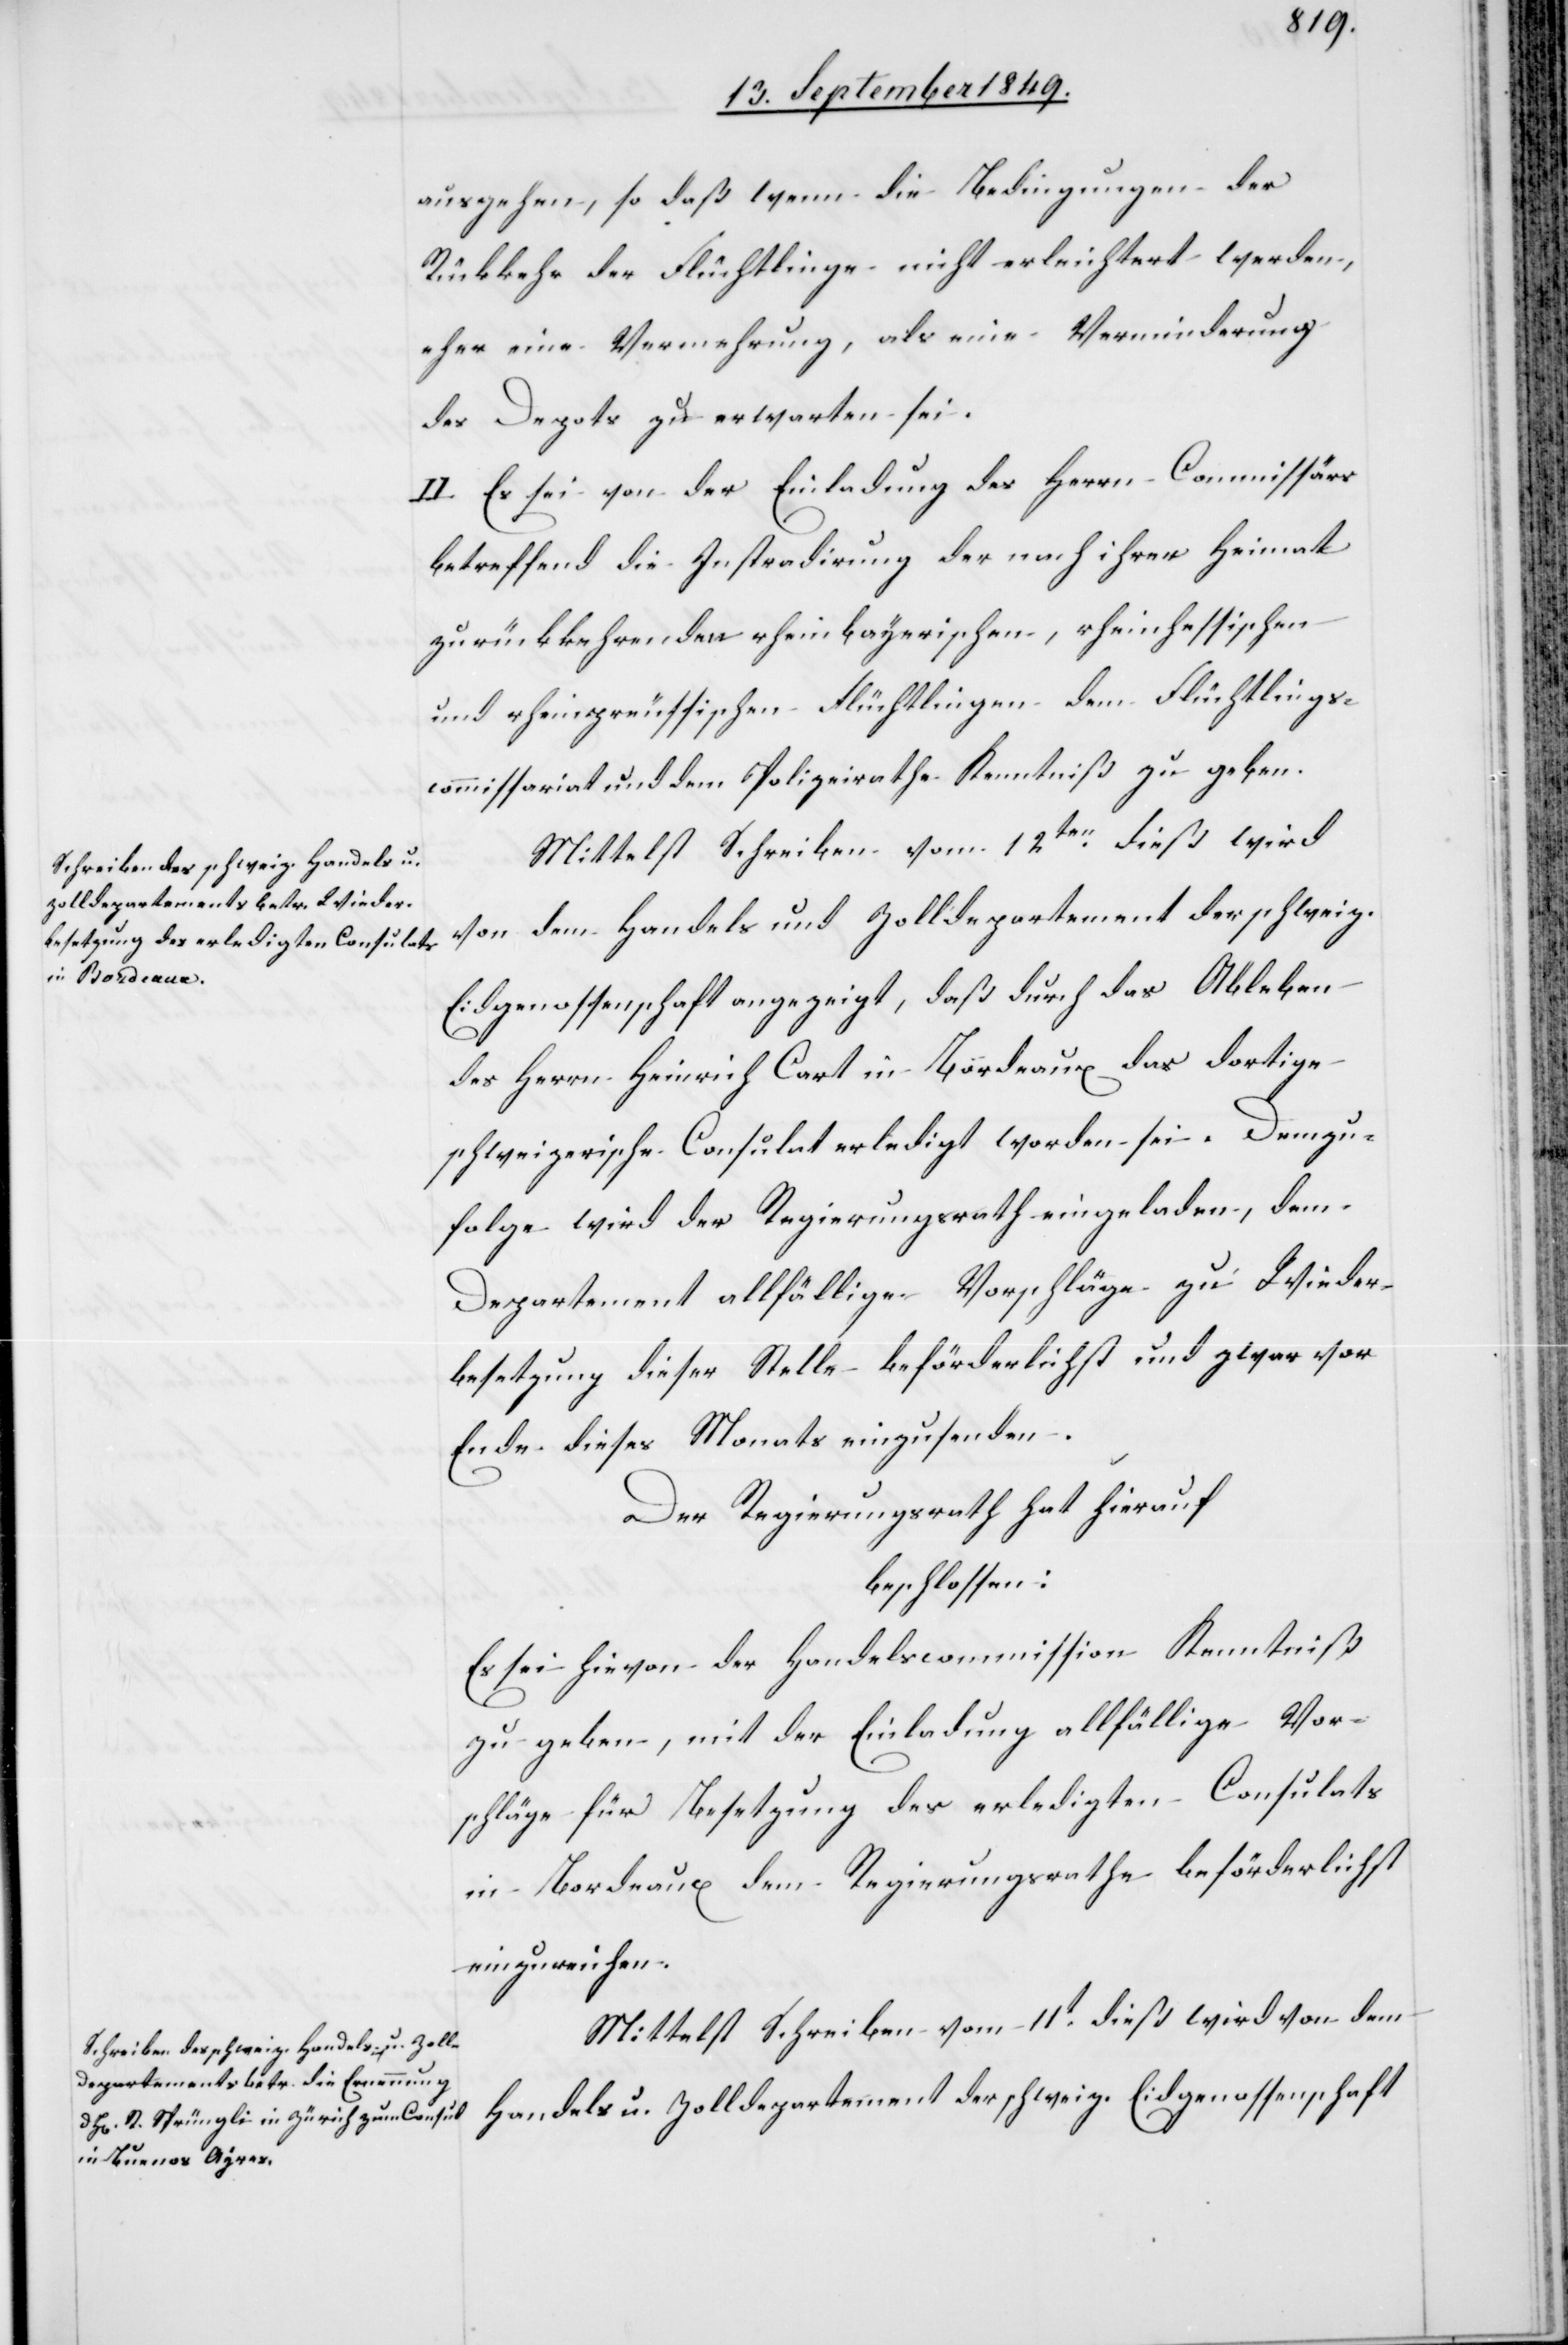
Schreiben des schweizerischen

ausgehen, so daß wenn die Bedingungen der
Rückkehr der Flüchtlinge nicht erleichtert werden,
eher eine Vermehrung, als eine Verminderung
des Depots zu erwarten sei.
II. Es sei von der Einladung des Herrn Commissärs
betreffend die Instradirung der nach ihrer Heimat
zurückkehrenden rheinbayerischen, rheinhessischen
und rheinpreussischen Flüchtlingen dem Flüchtlings¬
commissariat und dem Polizeirath Kenntniß zu geben.
Mittelst Schreiben vom 12ten dieß wird
von dem Handels und Zolldepartement der schweiz.
Eidgenossenschaft angezeigt, daß durch das Ableben
des Herrn Heinrich Cart in Bordeaux das dortige
schweizerische Consulat erledigt worden sei. Demzu¬
folge wird der Regierungsrath eingeladen, dem
Departement allfällige Vorschläge zu Wieder¬
besetzung dieser Stelle beförderlichst und zwar vor
Ende dieses Monats einzusenden.
Der Regierungsrath hat hierauf
beschlossen:
Es sei hievon der Handelscommission Kenntniß
zu geben, mit der Einladung allfällige Vor¬
schläge für Besetzung des erledigten Consulats
in Bordeaux dem Regierungsrathe beförderlichst
einzureichen.
Mittelst Schreiben vom 11t dieß wird von dem
Handels u. Zolldepartement der schweiz. Eidgenossenschaft